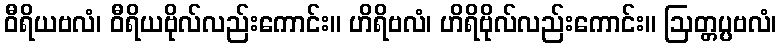
ဝီရိယဗလံ၊ ဝီရိယဗိုလ်လည်းကောင်း။ ဟိရိဗလံ၊ ဟိရိဗိုလ်လည်းကောင်း။ ဩတ္တပ္ပဗလံ၊